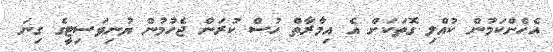
އެހެންކަމުން ކުއްލި ގޮތަކަށް އެ އިމާރާތް ހުސް ކުރަން ޖެހުމުން ޔުނިވަސިޓީގެ ގިނަ